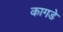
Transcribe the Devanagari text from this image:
कागडे